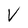
Character: V